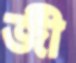
জী